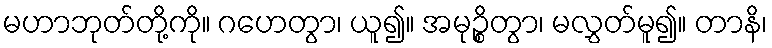
မဟာဘုတ်တို့ကို။ ဂဟေတွာ၊ ယူ၍။ အမုဉ္စိတွာ၊ မလွှတ်မူ၍။ တာနိ၊